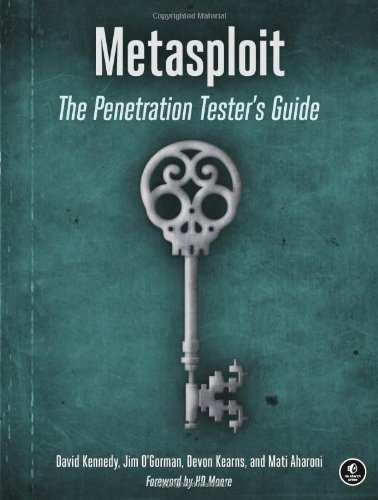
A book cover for Metasploit: The Penetration Tester's Guide; David Kennedy; Computers & Technology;